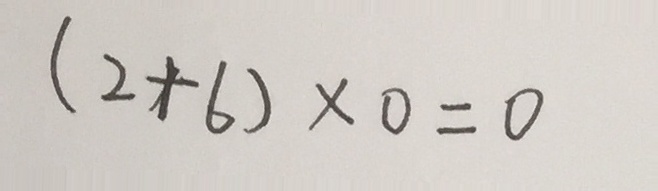
( 2 + 6 ) \times 0 = 0